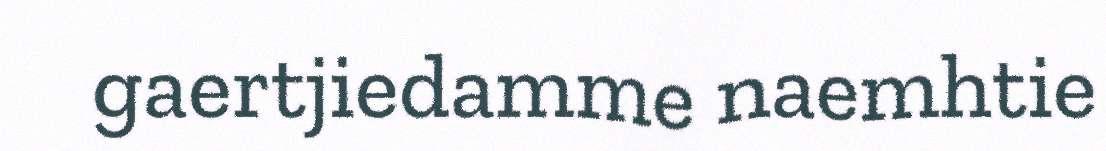
gaertjiedamme naemhtie